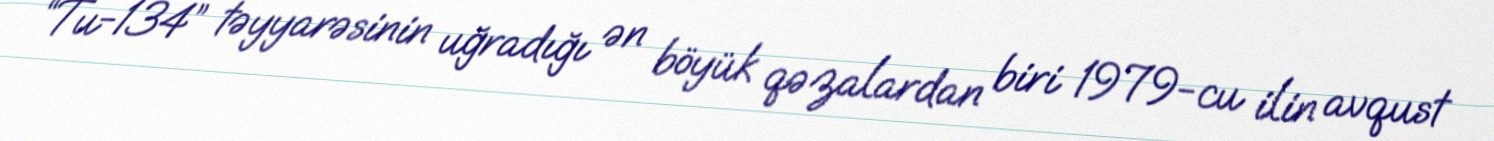
“Tu-134” təyyarəsinin uğradığı ən böyük qəzalardan biri 1979-cu ilin avqust